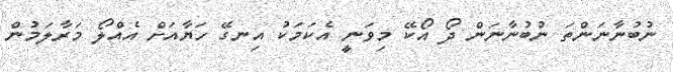
ނުބުނާނަންތަ ނުބުނާނަން ދޯ އޯކޭ މިވަނީ އެކަމަކު އިނގޭ ހަޔާއަށް އެއްލޯ މަރާލަމުން